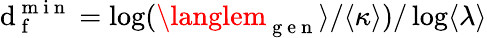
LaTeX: \mathrm{d}_{\mathrm{{~f~}}}^{\mathrm{{~m~i~n~}}}=\log(\langlem_{\mathrm{{~g~e~n~}}}\rangle/\langle\kappa\rangle)/\log\langle\lambda\rangle